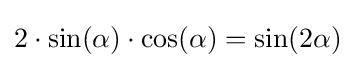
2\cdot \sin(\alpha )\cdot \cos(\alpha )=\sin(2\alpha )